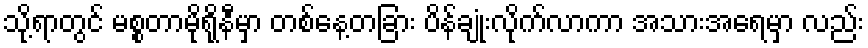
သို့ရာတွင် မစ္စတာမိုရိုနီမှာ တစ်နေ့တခြား ပိန်ချုံးလိုက်လာကာ အသားအရေမှာ လည်း